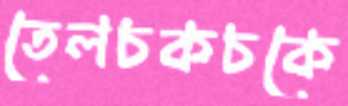
তেলচকচকে